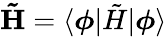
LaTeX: \mathbf{\tilde{H}}=\langle\boldsymbol{\phi}|\tilde{H}|\boldsymbol{\phi}\rangle